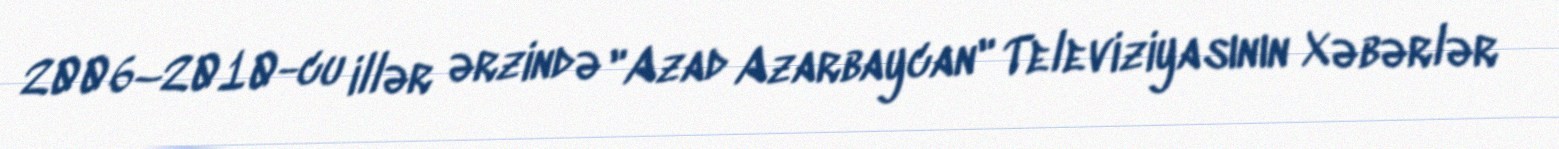
2006–2010-cu illər ərzində "Azad Azarbaycan" Televiziyasının Xəbərlər